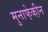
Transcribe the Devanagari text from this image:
मुनाफे़की़न